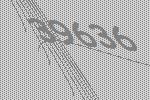
39636